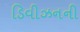
ડિવીઝનની